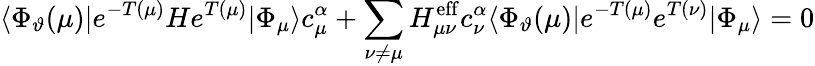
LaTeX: \langle\Phi_{\vartheta}(\mu)|e^{-T(\mu)}He^{T(\mu)}|\Phi_{\mu}\rangle c_{\mu}^{\alpha}+\sum_{\nu\ne\mu}H_{\mu\nu}^{\mathrm{eff}}c_{\nu}^{\alpha}\langle\Phi_{\vartheta}(\mu)|e^{-T(\mu)}e^{T(\nu)}|\Phi_{\mu}\rangle=0